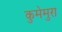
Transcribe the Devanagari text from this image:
कुमेमुरा